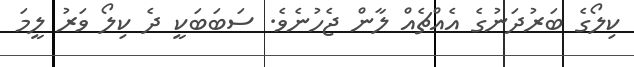
ކިލޯގެ ބަރުދަނުގެ އެއްޗެއް ލާން ޖެހުނެވެ. ސަބަބަކީ ދެ ކިލޯ ވަރު ލީމަ